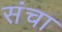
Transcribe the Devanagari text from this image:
संचा